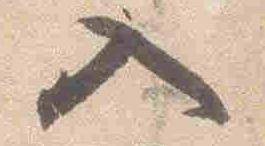
入